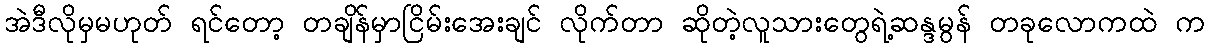
အဲဒီလိုမှမဟုတ် ရင်တော့ တချိန်မှာငြိမ်းအေးချင် လိုက်တာ ဆိုတဲ့လူသားတွေရဲ့ဆန္ဒမွန် တခုလောကထဲ က